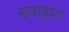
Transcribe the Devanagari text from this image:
ख्वाहमा